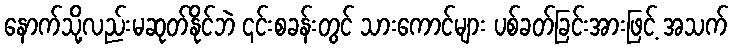
နောက်သို့လည်းမဆုတ်နိုင်ဘဲ ၎င်းစခန်းတွင် သားကောင်များ ပစ်ခတ်ခြင်းအားဖြင့် အသက်